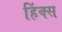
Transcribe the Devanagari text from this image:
हिंक्स